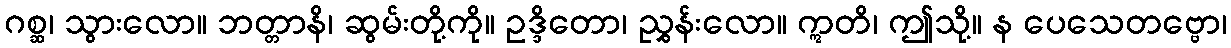
ဂစ္ဆ၊ သွားလော။ ဘတ္တာနိ၊ ဆွမ်းတို့ကို။ ဥဒ္ဒိတော၊ ညွှန်းလော။ ဣတိ၊ ဤသို့။ န ပေသေတဗ္ဗော၊